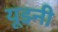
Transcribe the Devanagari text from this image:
यूझ्नी